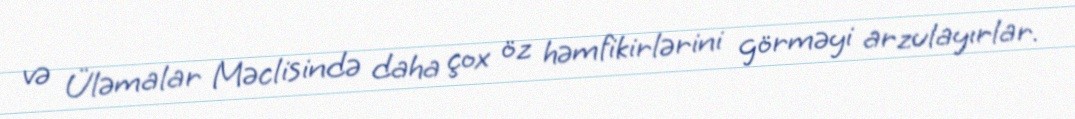
və Üləmalar Məclisində daha çox öz həmfikirlərini görməyi arzulayırlar.